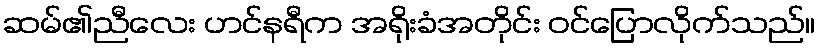
ဆမ်၏ညီလေး ဟင်နရီက အရိုးခံအတိုင်း ဝင်ပြောလိုက်သည်။